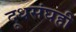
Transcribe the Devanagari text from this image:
दूधसंघही